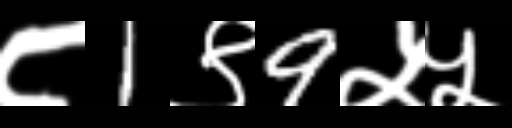
Text: ८1९9५५